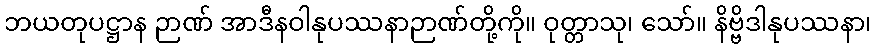
ဘယတုပဋ္ဌာန ဉာဏ် အာဒီနဝါနုပဿနာဉာဏ်တို့ကို။ ဝုတ္တာသု၊ သော်။ နိဗ္ဗိဒါနုပဿနာ၊